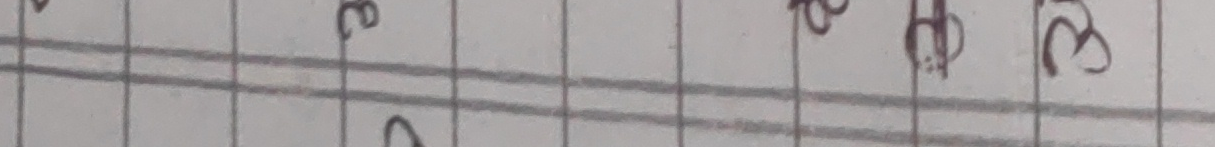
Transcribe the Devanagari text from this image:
३ स ब ढ इ